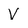
Character: V